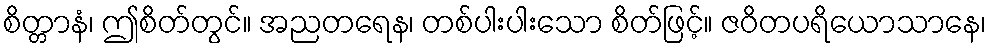
စိတ္တာနံ၊ ဤစိတ်တွင်။ အညတရေန၊ တစ်ပါးပါးသော စိတ်ဖြင့်။ ဇဝိတပရိယောသာနေ၊